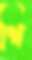
শি